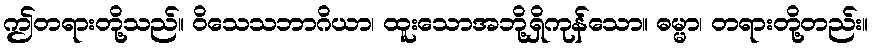
ဤတရားတို့သည်။ ဝိသေသဘာဂိယာ၊ ထူးသောအဘို့ရှိကုန်သော။ ဓမ္မာ၊ တရားတို့တည်း။